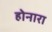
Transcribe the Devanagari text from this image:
होनारा